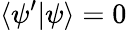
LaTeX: \langle\psi^{\prime}|\psi\rangle=0